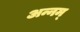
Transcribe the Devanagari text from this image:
अन्नम्